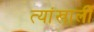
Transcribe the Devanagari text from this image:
त्यांखाली